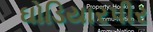
ઘોડિયારપીર